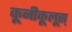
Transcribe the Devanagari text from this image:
कूनीकूलूस्